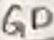
Text: GD